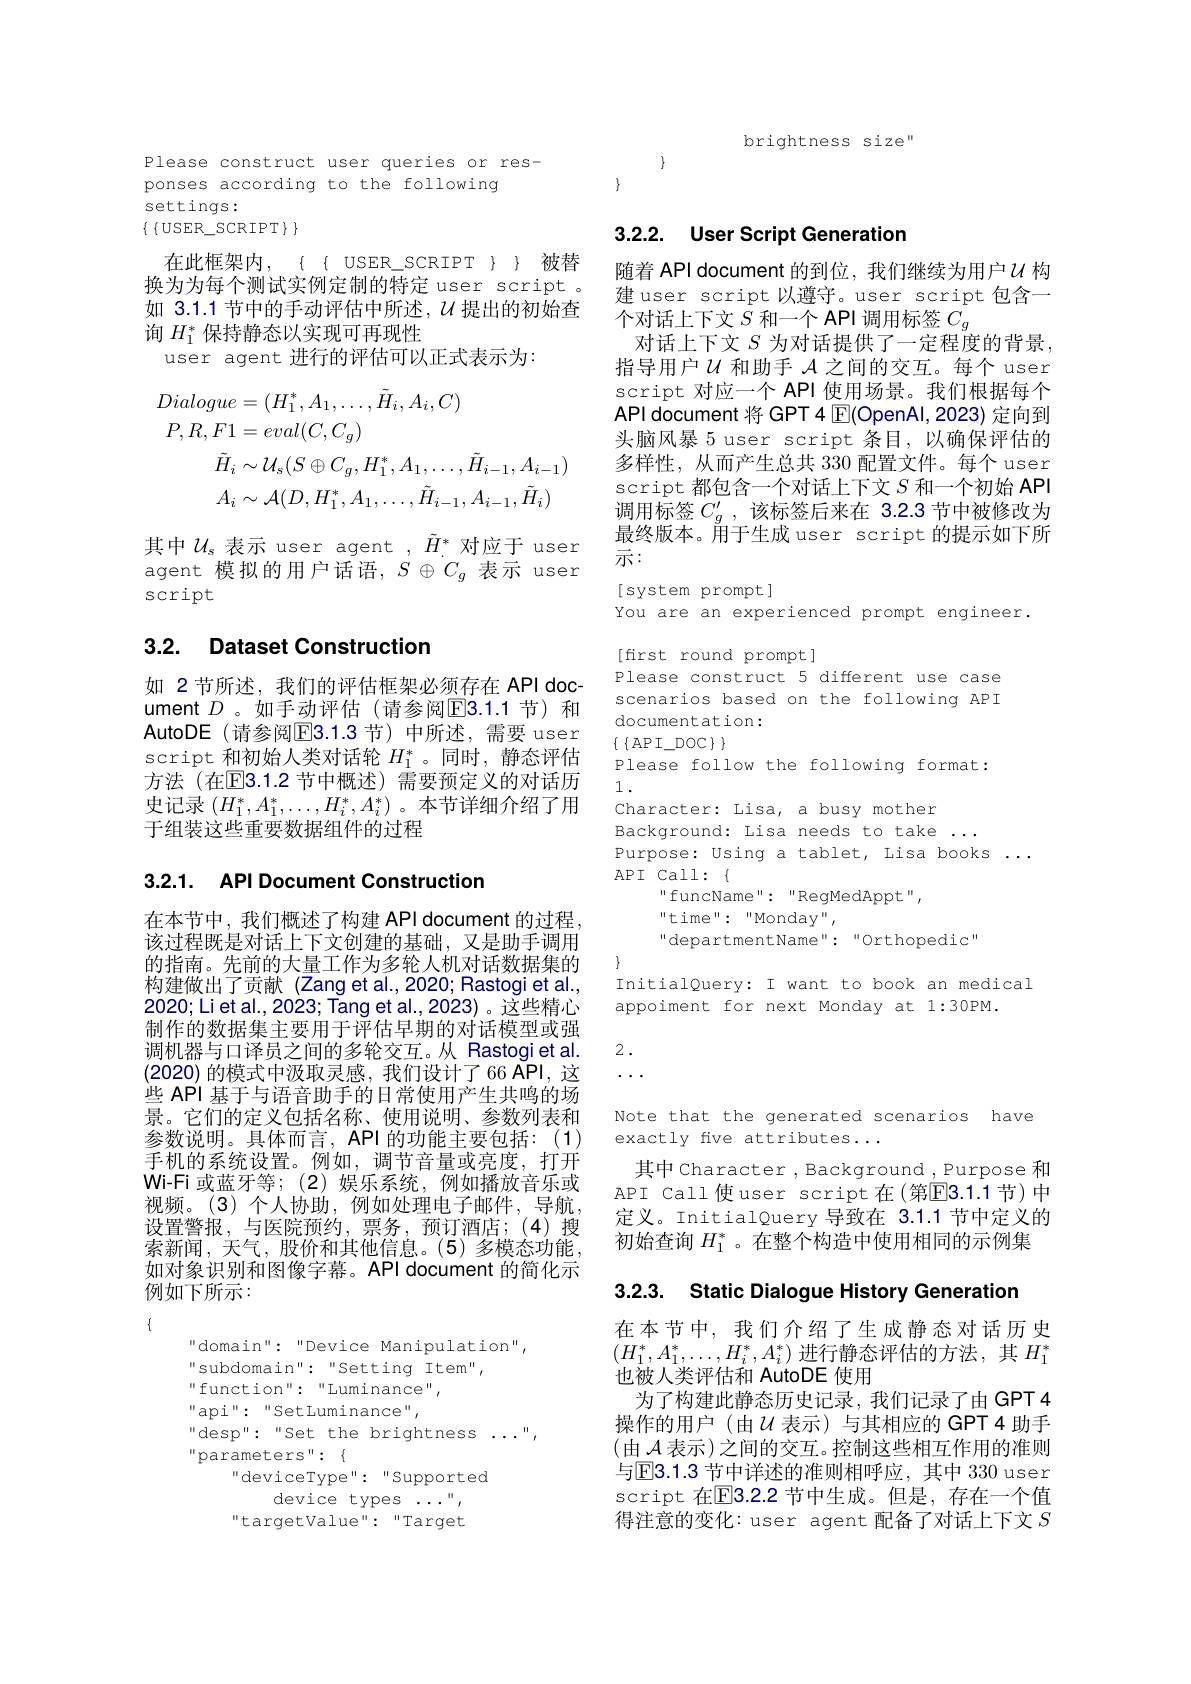
Please construct user queries or responses according to the following settings:
$\{\{$USER\_SCRIPT$\}\}$

在此框架内，$\{$ $\{$ USER$\_$SCRIPT $\}$ 被替换为为每个测试实例定制的特定 user script 。如 3.1.1 节中的手动评估中所述，$\mathcal{U}$提出的初始查询$H_1^*$保持静态以实现可再现性
user agent 进行的评估可以正式表示为：
$$\begin{aligned}Dialogue&=(H_{1}^{*},A_{1},\ldots,\tilde{H}_{i},A_{i},C)\\P,R,F1&=eval(C,C_{g})\\\tilde{H}_{i}&\sim\mathcal{U}_{s}(S\oplus C_{g},H_{1}^{*},A_{1},\ldots,\tilde{H}_{i-1},A_{i-1})\\A_{i}&\sim\mathcal{A}(D,H_{1}^{*},A_{1},\ldots,\tilde{H}_{i-1},A_{i-1},\tilde{H}_{i})\end{aligned}$$
其中$U_s$表示 user agent $,\tilde{H}^*$ 对应于 user agent 模拟的用户话语，$S\oplus C_g$表示 user SCript

# 3.2. Dataset Construction

如 2节所述，我们的评估框架必须存在 API document $D$ 。如手动评估(请参阅$\overline{\mathrm{E}}3.1.1$ 节)和AutoDE(请参阅$\overline{\mathrm{E}}3.1.3$ 节)中所述，需要 user script 和初始人类对话轮$H_1^*$。同时，静态评估方法 (在$\overline{\mathrm{E}}$3.1.2 节中概述)需要预定义的对话历史记录$(H_1^*,A_1^*,\ldots,H_i^*,A_i^*)$。本节详细介绍了用于组装这些重要数据组件的过程

3.2.1. API Document Construction

在本节中，我们概述了构建 API document 的过程， 该过程既是对话上下文创建的基础，又是助手调用的指南。先前的大量工作为多轮人机对话数据集的构建做出了贡献(Zang et al.,2020; Rastogi et al., 2020;Li et al., 2023; Tang et al., 2023) 。这些精心制作的数据集主要用于评估早期的对话模型或强调机器与口译员之间的多轮交互。从 Rastogiet al. (2020)的模式中汲取灵感，我们设计了66 API, 这些 API 基于与语音助手的日常使用产生共鸣的场景。它们的定义包括名称、使用说明、参数列表和参数说明。具体而言，API 的功能主要包括：(1) 手机的系统设置。例如，调节音量或亮度，打开Wi-Fi 或蓝牙等；(2)娱乐系统，例如播放音乐或视频。(3)个人协助，例如处理电子邮件，导航， 设置警报，与医院预约，票务，预订酒店；(4)搜索新闻，天气，股价和其他信息。(5)多模态功能， 如对象识别和图像字幕。API document 的简化示例如下所示：

$\{$

domain" :"Device Manipulation",
subdomain": "Setting Item",
“ function" : “ Luminance" ,
$^{\mathrm{~"api":~"Set}}$Luminance",
“ desp" : “ Set the brightness . . . " ,
$ ^{\prime \prime }$parameters$: \{$
"deviceType":"Supported
device types ..." "targetValue" "Target

brightness size"

$\{$

$\{$

## 3.2.2. User Script Generation

随着 API document 的到位，我们继续为用户$\mathcal{U}$ 构律 user script 以薄守。user script 句含一个对话上下文$S$和一个 API 调用标签$C_g$
对话上下文$S$ 为对话提供了一定程度的背景， 指导用户$U$和助手$\mathcal{A}$之间的交互。每个 user script 对应一个 API 使用场景。我们根据每个API document 将 GPT 4 $\boxed{\mathrm{E}}($OpenAl,2023) 定向到头脑风暴 5 user script 条目，以确保评估的多样性，从而产生总共 330 配置文件。每个 user script 都包含一个对话上下文$S$和一个初始 API 调用标签$C_g^{\prime}$,该标签后来在 3.2.3 节中被修改为最终版本。甬于生成 user script 的提示如下所示：

$[systemprompt]$
You are an experienced prompt engineer.
[first round prompt]
Please construct 5 different use case scenarios based on the following API documentation:
$\{\{$ AP I\_DOC $\}\}$
Please follow the following format:
1 .
Character: Lisa, a busy mother
Background: Lisa needs to take ...
Purpose: Using a tablet, Lisa books.
API Call: $\{$
funcName" : "RegMedAppt",
"time":“Monday",
"departmentName" "Orthopedic"

1

InitialQuery: I want to book an medical
appoiment for next Monday at 1:30PM.

2.

$\cdots.$

Note that the generated scenarios have
exactly five attributes...

其中Character ,Background ,Purpose 和API Call使user script在(第$\overline{\mathrm{E}}3.1.1$节)中定义。InitialQuery导致在 3.1.1 节中定义的初始查询$H_1^*$ 。在整个构造中使用相同的示例集

3.2.3. Static Dialogue History Generation

在本节中，我们介绍了生成静态对话历史$(H_{1}^{*},A_{1}^{*},\ldots,H_{i}^{*},A_{i}^{*})$进行静态评估的方法，其$H_1^{*}$ 也被人类评估和 AutoDE 使用
为了构建此静态历史记录，我们记录了由 GPT 4操作的用户(由$U$表示)与其相应的GPT4助手(由 $\mathcal{A}$表示)之间的交互。控制这些相互作用的准则与$\textcircled{\mathrm{E}}3.1.3$ 节中详述的准则相呼应，其中 330 user script 在$\overline{\mathrm{E}}3.2.2$ 节中生成。但是，存在一个值得注意的变化：user agent 配备了对话上下文$S$